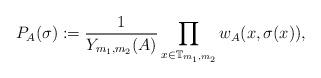
LaTeX: \begin{align*}P_A(\sigma) := \frac{1}{Y_{m_1,m_2}(A)} \prod_{x \in \mathbb{T}_{m_1,m_2}} w_A(x,\sigma(x)),\end{align*}